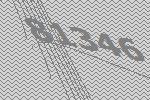
81346